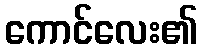
ကောင်လေး၏